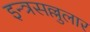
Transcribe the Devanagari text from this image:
इन्त्रसल्लुलार